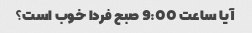
آیا ساعت 9:00 صبح فردا خوب است؟